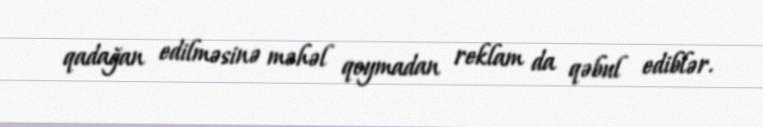
qadağan edilməsinə məhəl qoymadan reklam da qəbul ediblər.